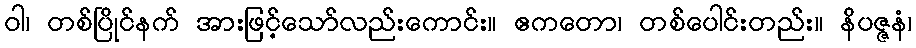
ဝါ၊ တစ်ပြိုင်နက် အားဖြင့်သော်လည်းကောင်း။ ဧကတော၊ တစ်ပေါင်းတည်း။ နိပဇ္ဇနံ၊